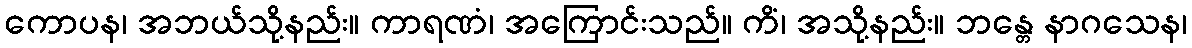
ကောပန၊ အဘယ်သို့နည်း။ ကာရဏံ၊ အကြောင်းသည်။ ကိံ၊ အသို့နည်း။ ဘန္တေ နာဂသေန၊